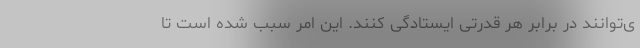
ی‌توانند در برابر هر قدرتی ایستادگی کنند. این امر سبب شده است تا